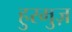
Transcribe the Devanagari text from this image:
हुरमुज़